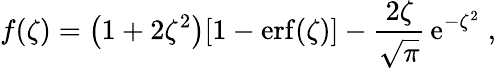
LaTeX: f(\zeta)=\left(1+2\zeta^{2}\right)[1-\mathrm{erf}(\zeta)]-\frac{2\zeta}{\sqrt{\pi}}\, \mathrm{e}^{-\zeta^{2}}\; ,